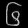
Digit: ၆